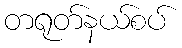
တရုတ်နယ်စပ်